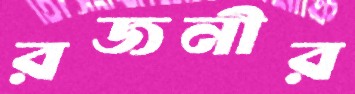
রজনীর